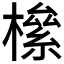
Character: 𣚎